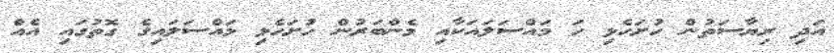
އަދި ރިޔާސަތުން ހުށަހެޅި ހަ މައްސަލައަކާއި މެންބަރުން ހުށަހެޅި މައްސަލައިގެ ގޮތުގައި އެއް